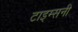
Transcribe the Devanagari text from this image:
टाइम्सनी